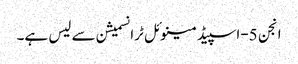
انجن 5-اسپیڈ مینوئل ٹرانسمیشن سے لیس ہے۔